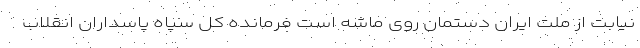
نیابت از ملت ایران دستمان روی ماشه است فرمانده کل سپاه پاسداران انقلاب